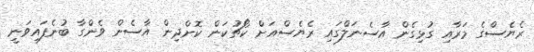
ރެޔެސްގެ މަރާއި ގުޅިގެން އާސެނަލްގައި ރެޔެސްއަށް ކޯޗުކަން ކޮށްދިން އާސެން ވެންގާ ބުނެފައިވަނީ